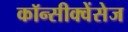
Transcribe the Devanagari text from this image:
कॉन्सीक्वेंसेज